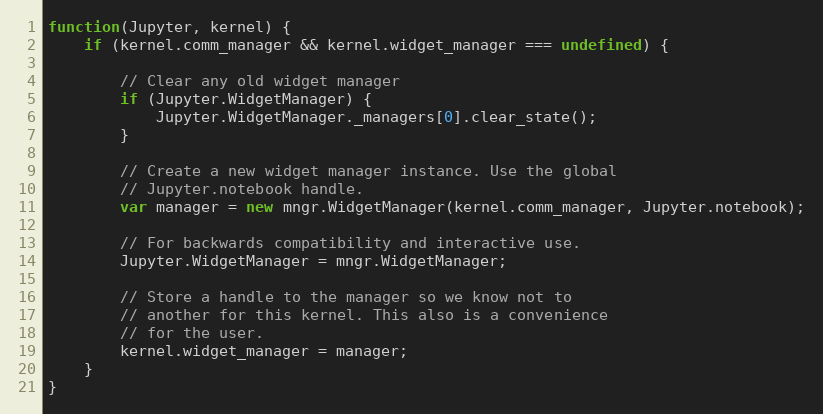
Language: JavaScript
function(Jupyter, kernel) {
    if (kernel.comm_manager && kernel.widget_manager === undefined) {

        // Clear any old widget manager
        if (Jupyter.WidgetManager) {
            Jupyter.WidgetManager._managers[0].clear_state();
        }

        // Create a new widget manager instance. Use the global
        // Jupyter.notebook handle.
        var manager = new mngr.WidgetManager(kernel.comm_manager, Jupyter.notebook);

        // For backwards compatibility and interactive use.
        Jupyter.WidgetManager = mngr.WidgetManager;

        // Store a handle to the manager so we know not to
        // another for this kernel. This also is a convenience
        // for the user.
        kernel.widget_manager = manager;
    }
}